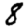
Digit: 8